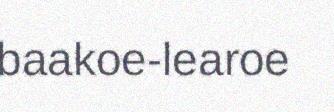
baakoe-learoe